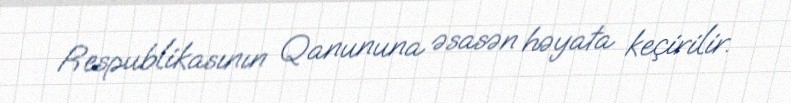
Respublikasının Qanununa əsasən həyata keçirilir.